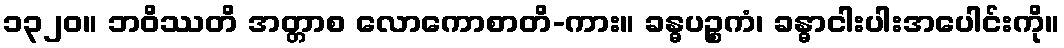
၁၃၂၀။ ဘဝိဿတိ အတ္တာစ လောကောစာတိ-ကား။ ခန္ဓပဉ္စကံ၊ ခန္ဓာငါးပါးအပေါင်းကို။